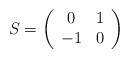
LaTeX: \begin{align*}S=\left(\begin{array}{cc}0&1\\ -1&0\end{array}\right)\end{align*}